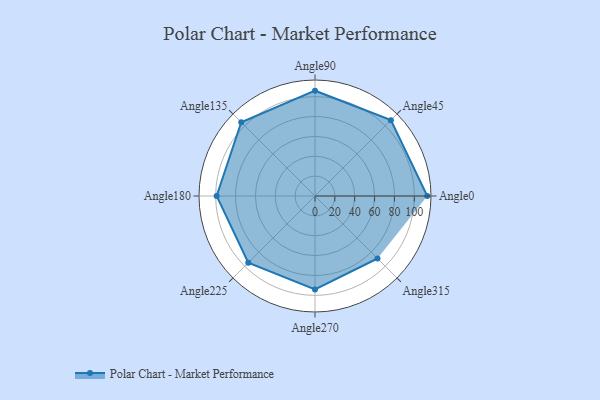
{"axis": {"x": "Angle", "y": "Radius"}, "legend": [""], "data": [{"x": "Angle0", "y": 113.0, "type": ""}, {"x": "Angle45", "y": 108.0, "type": ""}, {"x": "Angle90", "y": 106.0, "type": ""}, {"x": "Angle135", "y": 105.0, "type": ""}, {"x": "Angle180", "y": 99.0, "type": ""}, {"x": "Angle225", "y": 95.0, "type": ""}, {"x": "Angle270", "y": 94.0, "type": ""}, {"x": "Angle315", "y": 89.0, "type": ""}]}